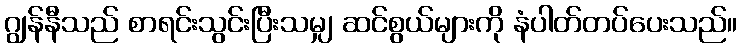
ဂျွန်နီသည် စာရင်းသွင်းပြီးသမျှ ဆင်စွယ်များကို နံပါတ်တပ်ပေးသည်။